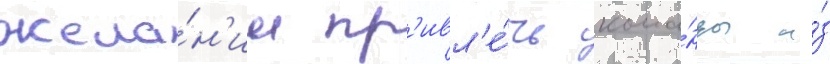
жела́н'ии пр'ивл'е́чь кома́нды и́з